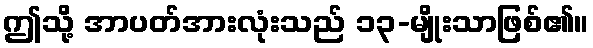
ဤသို့ အာပတ်အားလုံးသည် ၁၃-မျိုးသာဖြစ်၏။